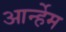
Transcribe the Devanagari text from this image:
आर्न्हेम